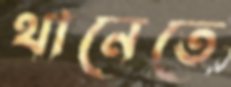
থানেতে